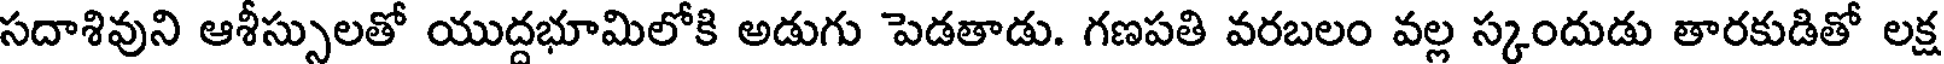
సదాశివుని ఆశీస్సులతో యుద్దభూమిలోకి అడుగు పెడతాడు. గణపతి వరబలం వల్ల స్కందుడు తారకుడితో లక్ష